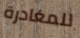
للمغادرة